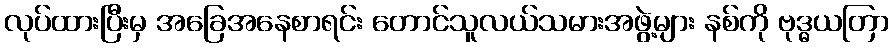
လုပ်ထားပြီးမှ အခြေအနေစာရင်း တောင်သူလယ်သမားအဖွဲ့များ နစ်ကို ဗုဒ္ဓယတြာ